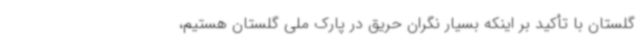
گلستان با تأکید بر اینکه بسیار نگران حریق در پارک ملی گلستان هستیم،